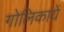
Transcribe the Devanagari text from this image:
गोलिकायें